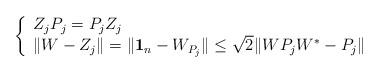
LaTeX: \begin{align*}\left\{\begin{array}{l}Z_jP_j=P_jZ_j\\\|W-Z_j\|=\|\mathbf{1}_n-W_{P_j}\|\leq \sqrt{2}\|WP_jW^\ast-P_j\|\end{array}\right.\end{align*}